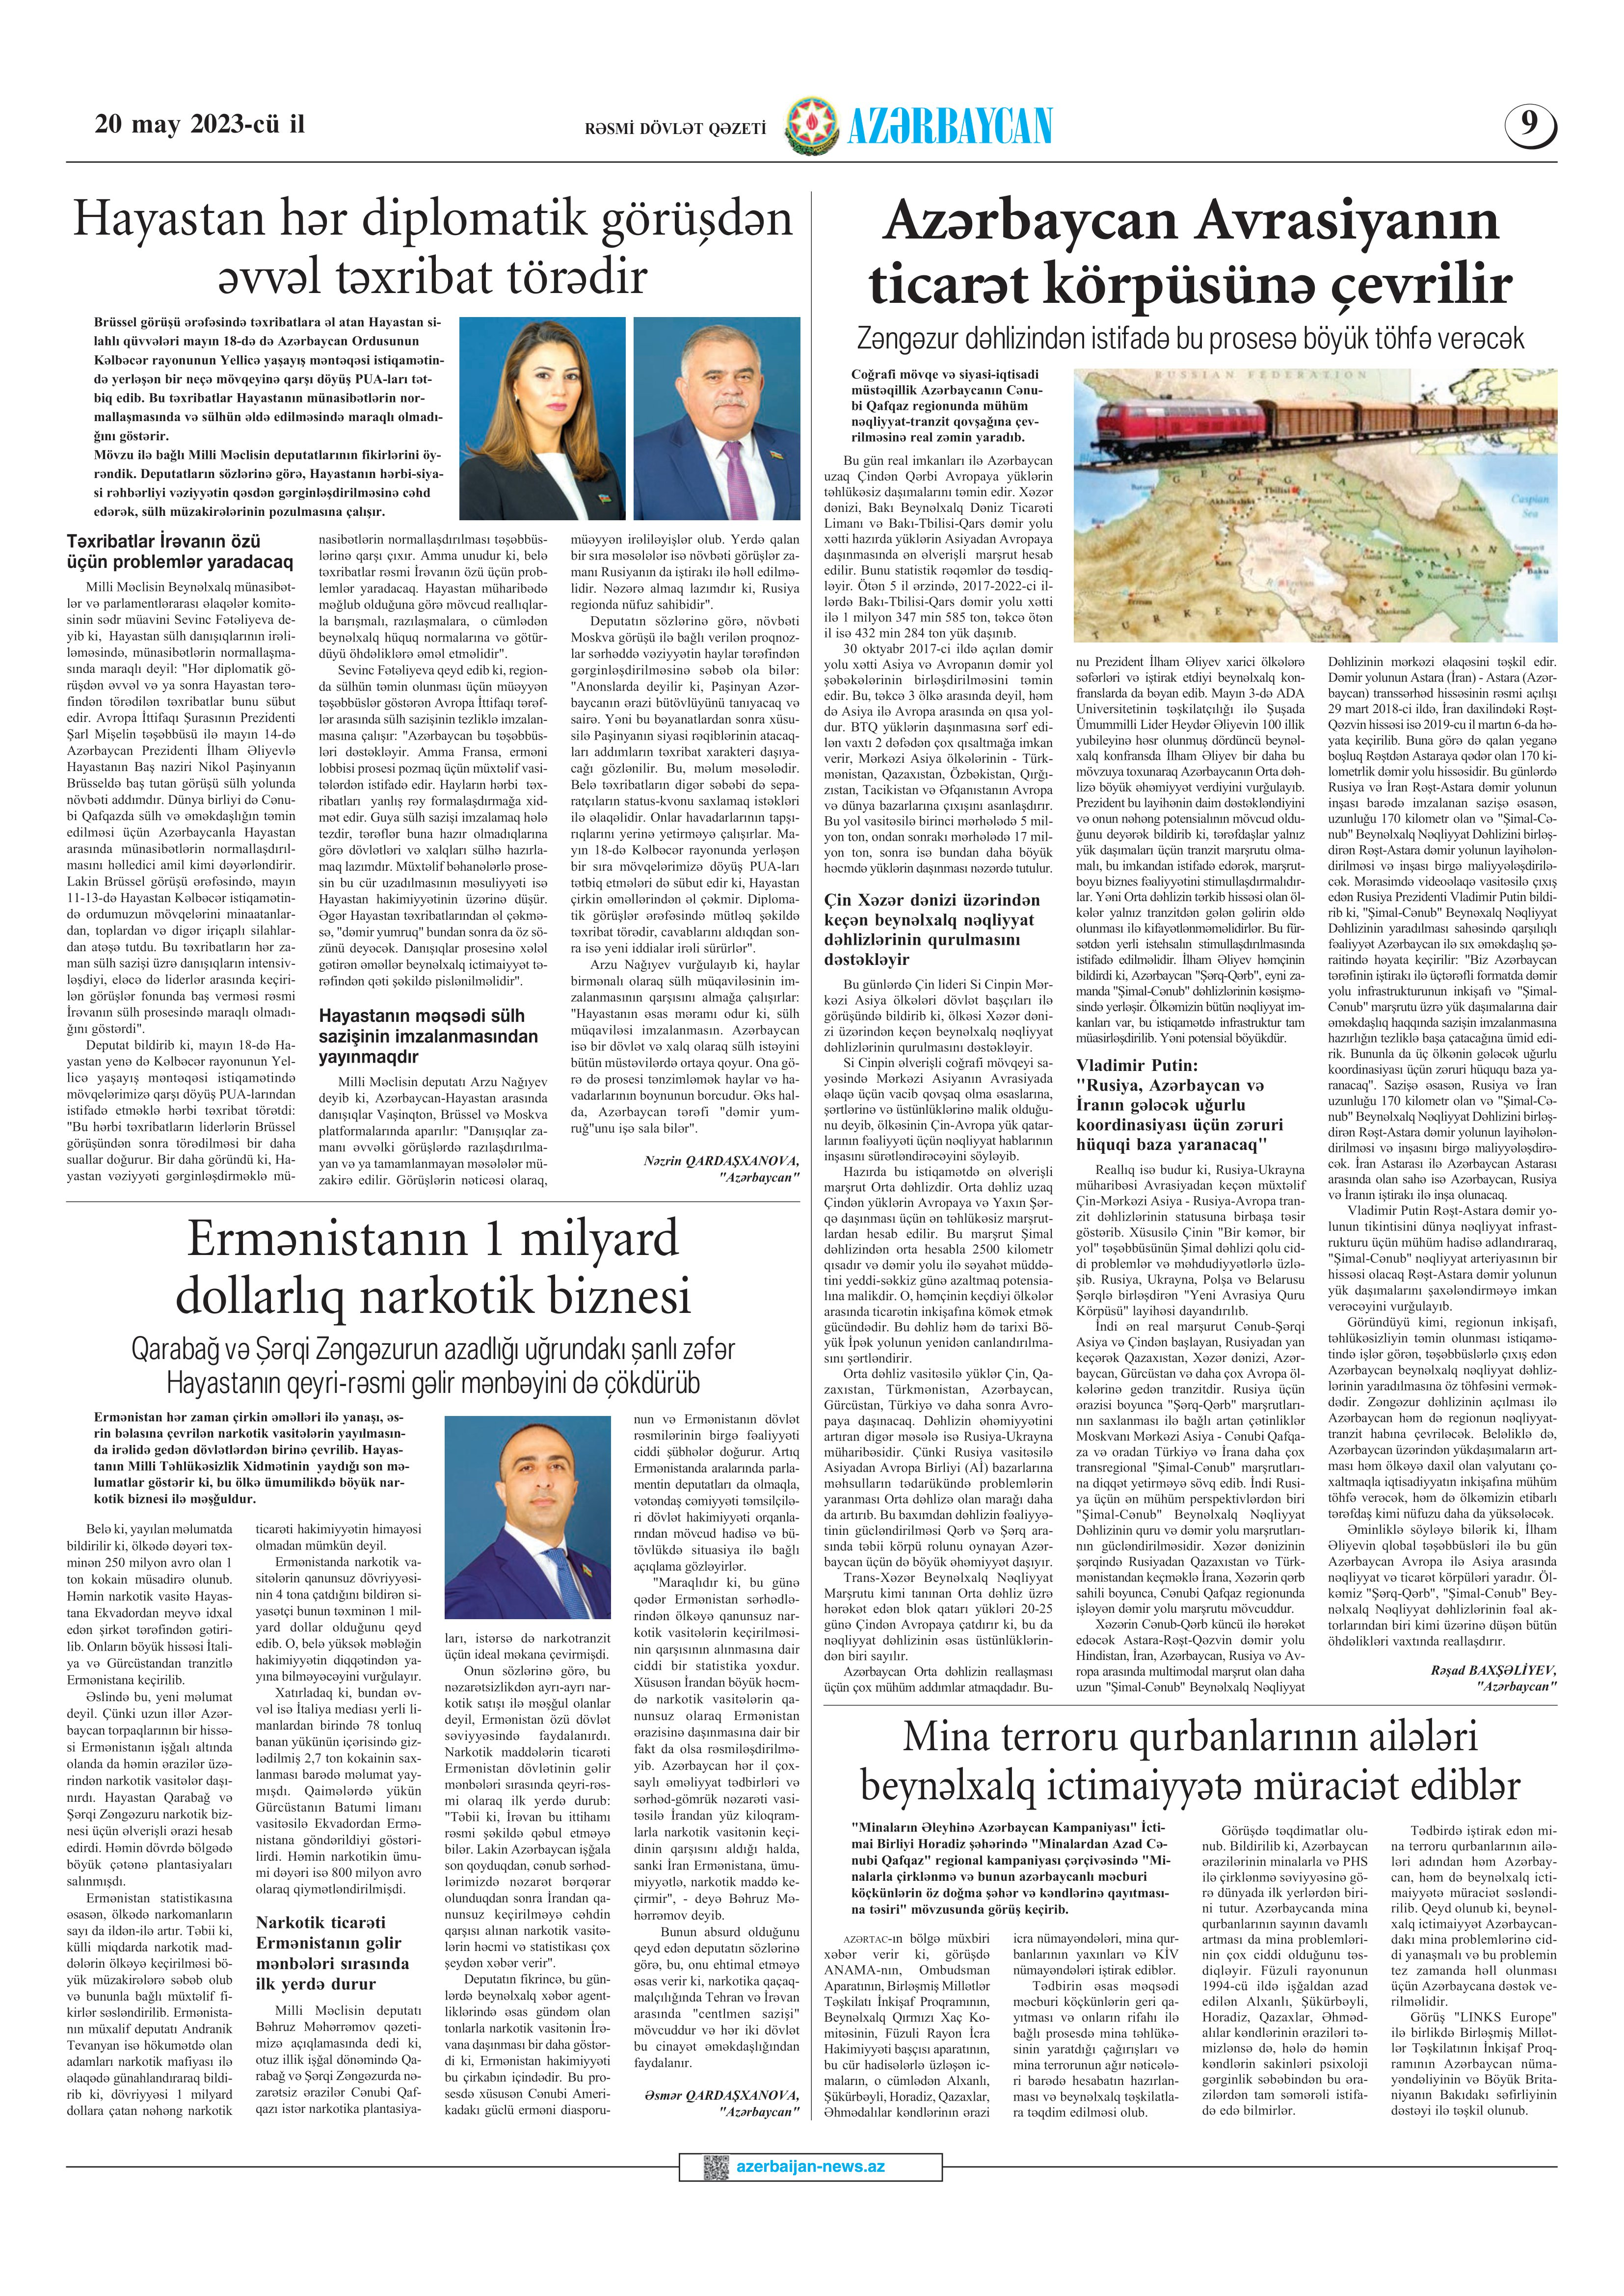
Language: az